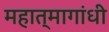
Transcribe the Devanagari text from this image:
महात्मागांधी